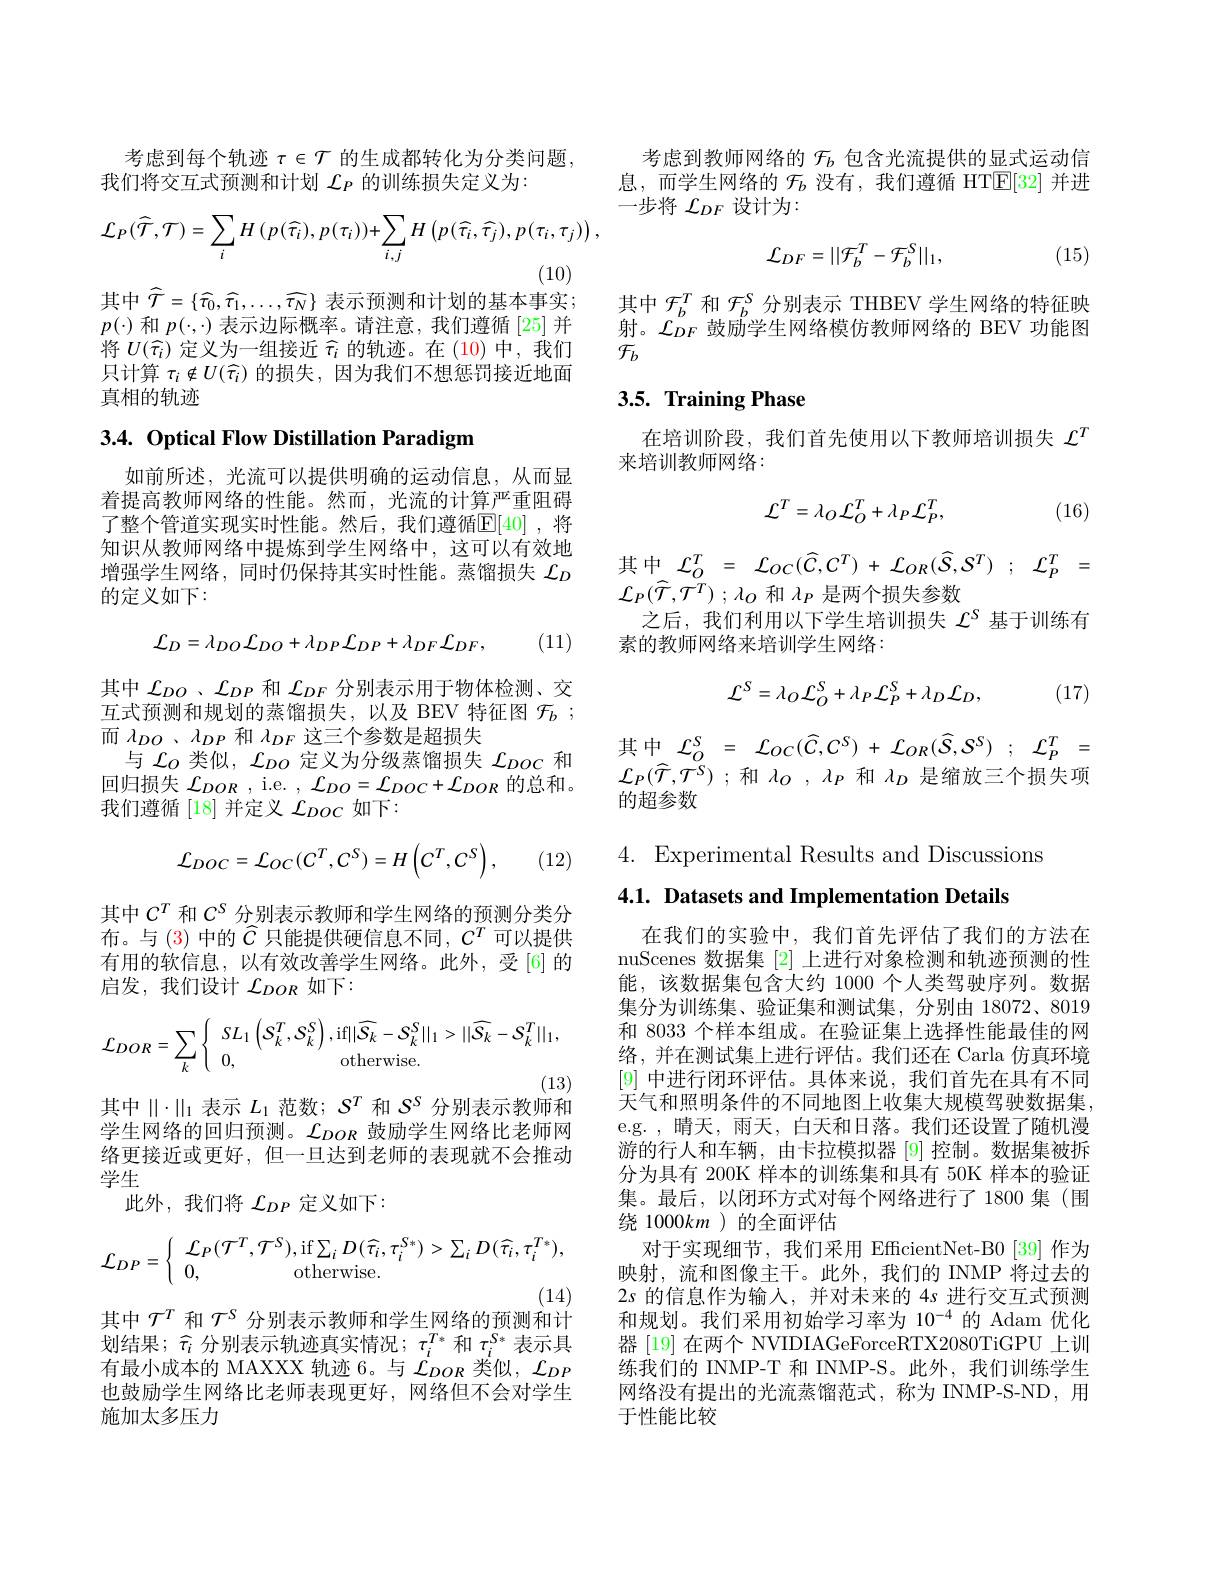
考虑到每个轨迹 $\tau\in\mathcal{T}$ 的生成都转化为分类问题，
我们将交互式预测和计划$\mathcal{L}_P$的训练损失定义为：
$$\mathcal{L}_{P}(\widehat{\mathcal{T}},\mathcal{T})=\sum_{i}H\left(p(\widehat{\tau}_{i}),p(\tau_{i})\right)+\sum_{i,j}H\left(p(\widehat{\tau}_{i},\widehat{\tau}_{j}),p(\tau_{i},\tau_{j})\right),$$
(10)

其中$\widehat{\mathcal{T}}=\{\widehat{\tau_{0}},\widehat{\tau_{1}},\ldots,\widehat{\tau_{N}}\}$ 表示预测和计划的基本事实； $p(\cdot)$和$p(\cdot,\cdot)$表示边际概率。请注意，我们遵循[25]并将$U(\widehat{\tau}_i)$定义为一组接近$\widehat{\tau}_i$的轨迹。在 (10)中，我们只计算$\tau_i\notin U(\widehat{\tau}_i)$的损失，因为我们不想惩罚接近地面真相的轨迹

3.4. Optical Flow Distillation Paradigm

如前所述，光流可以提供明确的运动信息，从而显着提高教师网络的性能。然而，光流的计算严重阻碍了整个管道实现实时性能。然后，我们遵循$\mathbb{E}[40]$ ,将知识从教师网络中提炼到学生网络中，这可以有效地增强学生网络，同时仍保持其实时性能。蒸馏损失$\mathcal{L}_D$ 的定义如下：

(11)
$$\mathcal{L}_{D}=\lambda_{DO}\mathcal{L}_{DO}+\lambda_{DP}\mathcal{L}_{DP}+\lambda_{DF}\mathcal{L}_{DF},$$
其中$\mathcal{L}_{DO}$、$\mathcal{L}_{DP}$和$\mathcal{L}_{DF}$分别表示用于物体检测、交互式预测和规划的蒸馏损失，以及 BEV 特征图$\mathcal{F} _b$ ; 而$\lambda _{DO}$ $、 \lambda _{DP}$和$\lambda_{DF}$这三个参数是超损失
与$\mathcal{L}_O$类似，$\mathcal{L}_{DO}$定义为分级蒸馏损失$\mathcal{L}_{DOC}$和回归损失$\mathcal{L}_DOR$ , i.e. $,\mathcal{L}_DO=\mathcal{L}_{DOC}+\mathcal{L}_{DOR}$的总和。我们遵循 [18] 并定义$\mathcal{L}_DOC$如下：
$$\mathcal{L}_{DOC}=\mathcal{L}_{OC}(C^{T},C^{S})=H\left(C^{T},C^{S}\right),$$
(12)

其中$C^T$和$C^S$分别表示教师和学生网络的预测分类分布。与 (3) 中的$\widehat{C}$只能提供硬信息不同，$C^T$可以提供有用的软信息，以有效改善学生网络。此外，受[6] 的启发，我们设计$\mathcal{L}_DOR$如下：
$$\mathcal{L}_{DOR}=\sum_{k}\left\{\begin{array}{ll}sL_1\left(S_k^T,S_k^S\right),\mathrm{if}||\widehat{S_k}-S_k^S||_1>||\widehat{S_k}-S_k^T||_1,\\0,&\mathrm{otherwise}.\end{array}\right.$$
(13)

其中$\|\cdot\|_1$表示$L_1$范数；$S^T$和$S^S$分别表示教师和

学生网络的回归预测。$\mathcal{L}_DOR$鼓励学生网络比老师网络更接近或更好，但一旦达到老师的表现就不会推动学生
此外，我们将$\mathcal{L}_DP$定义如下：
$$\mathcal{L}_{DP}=\left\{\begin{array}{ll}\mathcal{L}_{P}(\mathcal{T}^{T},\mathcal{T}^{S}),\mathrm{if}\sum_{i}D(\widehat{\tau_{i}},\tau_{i}^{S*})>\sum_{i}D(\widehat{\tau_{i}},\tau_{i}^{T*}),\\0,\quad\mathrm{otherwise}.\end{array}\right.$$
(14)
其中$\mathcal{T}^T$和$\mathcal{T}^S$分别表示教师和学生网络的预测和计

划结果；$\widehat{\tau}_i$分别表示轨迹真实情况；$\tau_i^{T*}$和$\tau_i^{S*}$表示具有最小成本的 MAXXX 轨迹 6。与$\mathcal{L}_{DOR}$类似，$\mathcal{L}_{DP}$ 也鼓励学生网络比老师表现更好，网络但不会对学生施加太多压力

考虑到教师网络的$\mathcal{F}_b$包含光流提供的显式运动信息，而学生网络的$\mathcal{F}_b$没有，我们遵循 HT$\mathbb{E}[32]$并进一步将$\mathcal{L}_DF$设计为：
$$\mathcal{L}_{DF}=||\mathcal{F}_{b}^{T}-\mathcal{F}_{b}^{S}||_{1},$$
(15)

其中$\mathcal{F}_b^T$和$\mathcal{F}_b^\mathrm{S}$分别表示 THBEV 学生网络的特征映射。$\mathcal{L}_DF^{o}$鼓励学生网络模仿教师网络的 BEV 功能图$\mathcal{F}_b$

## 3.5. Training Phase

在培训阶段，我们首先使用以下教师培训损失$\mathcal{L}^T$
来培训教师网络：
$$\mathcal{L}^{T}=\lambda_{O}\mathcal{L}_{O}^{T}+\lambda_{P}\mathcal{L}_{P}^{T},$$
(16)
$$\mathcal{L}_{O}^{T}\:=\:\mathcal{L}_{OC}(\widehat{C},C^{T})\:+\:\mathcal{L}_{OR}(\widehat{S},S^{T})\:;\:\mathcal{L}_{P}^{T}\:=$$
${\mathcal{L} }_{P}( \widehat{\mathcal{T} } , {\mathcal{T} }^{T})$ ; $\lambda _{O}$和$\lambda_{P}$是两个损失参数
之后，我们利用以下学生培训损失$\mathcal{L}^\mathrm{s}$基于训练有
素的教师网络来培训学生网络：

(17)
$$\mathcal{L}^{S}=\lambda_{O}\mathcal{L}_{O}^{S}+\lambda_{P}\mathcal{L}_{P}^{S}+\lambda_{D}\mathcal{L}_{D},$$
其中$\mathcal{L} _{O}^{S}= \mathcal{L} _{OC}( \widehat{C} , C^{S}) + \mathcal{L} _{OR}( \widehat{S} , \mathcal{S} ^{S})$ $; \mathcal{L} _{P}^{T}=$ ${\mathcal{L} }_{P}( \widehat{\mathcal{T} } , \widehat{\mathcal{T} } ^{S})$ ;和$\lambda _O$ $, \lambda _P$ 和 $\lambda_D$ 是缩放三个损失项的超参数

4. Experimental Results and Discussions

4.1. Datasets and Implementation Details

在我们的实验中，我们首先评估了我们的方法在nuScenes 数据集[2]上进行对象检测和轨迹预测的性能，该数据集包含大约 1000 个人类驾驶序列。数据集分为训练集、验证集和测试集，分别由 18072、8019和 8033 个样本组成。在验证集上选择性能最佳的网络，并在测试集上进行评估。我们还在 Carla 仿真环境[9]中进行闭环评估。具体来说，我们首先在具有不同天气和照明条件的不同地图上收集大规模驾驶数据集， e.g. , 晴天，雨天，白天和日落。我们还设置了随机漫游的行人和车辆，由卡拉模拟器[9]控制。数据集被拆分为具有 200K 样本的训练集和具有 50K 样本的验证集。最后，以闭环方式对每个网络进行了1800 集(围绕 1000km )的全面评估
对于实现细节，我们采用 EfficientNet-B0 [39] 作为映射，流和图像主干。此外，我们的 INMP 将过去的$2s$的信息作为输入，并对未来的 4s 进行交互式预测和规划。我们采用初始学习率为 10$^{-4}$的 Adam 优化器 [19] 在两个 NVIDIAGeForceRTX2080TiGPU 上训练我们的 INMP-T 和 INMP-S。此外，我们训练学生网络没有提出的光流蒸馏范式，称为 INMP-S-ND,用于性能比较